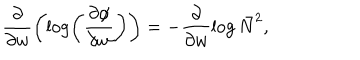
\frac { \partial } { \partial w } \left( \log \left( \frac { \partial \phi } { \partial w } \right) \right) = - \frac { \partial } { \partial w } \log \bar { N } ^ { 2 } ,